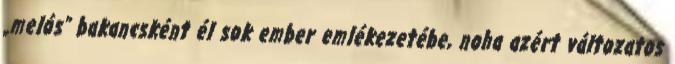
„melós” bakancsként él sok ember emlékezetébe, noha azért változatos